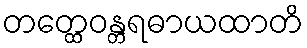
တတ္ထေဝန္တရဓာယထာတိ